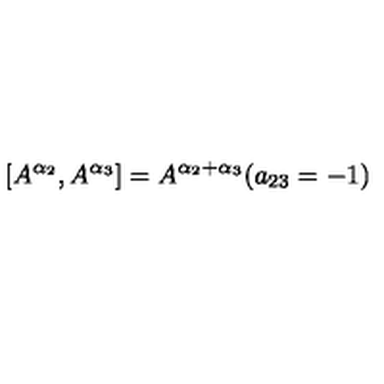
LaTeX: \left[ A ^ { \alpha _ { 2 } } , A ^ { \alpha _ { 3 } } \right] = A ^ { \alpha _ { 2 } + \alpha _ { 3 } } ( a _ { 2 3 } = - 1 )